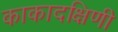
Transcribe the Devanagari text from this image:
काकादक्षिणी